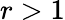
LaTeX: r>1